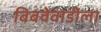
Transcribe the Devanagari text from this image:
बिबवेवाडीला